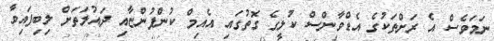
ނަމަވެސް އެ ރަށްތަކުގެ އެޑްވާންސް ކުލީގެ ގޮތުގައި އެއިމް ކުންފުންޏާއި ދައުލަތަށް ލިބިފައިވާ